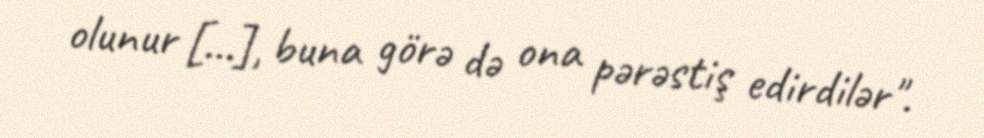
olunur […], buna görə də ona pərəstiş edirdilər".